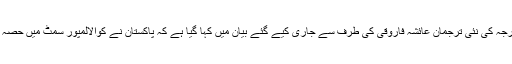
دفتر خارجہ کی نئی ترجمان عائشہ فاروقی کی طرف سے جاری کیے گئے بیان میں کہا گیا ہے کہ پاکستان نے کوالالمپور سمٹ میں حصہ نہیں لیا۔